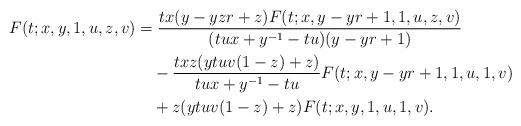
LaTeX: \begin{align*}F(t;x,y,1,u,z,v)&=\frac{tx(y-yzr+z)F(t;x,y-yr+1,1,u,z,v)}{(tux+y^{-1}-tu)(y-yr+1)}\\&\quad-\frac{txz(ytuv(1-z)+z)}{tux+y^{-1}-tu}F(t;x,y-yr+1,1,u,1,v)\\&\quad+z(ytuv(1-z)+z)F(t;x,y,1,u,1,v).\end{align*}